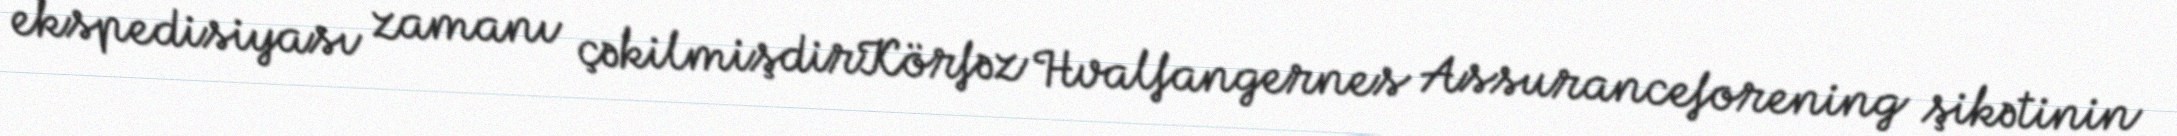
ekspedisiyası zamanı çəkilmişdirKörfəz Hvalfangernes Assuranceforening şikətinin